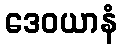
ဒေဝယာနံ